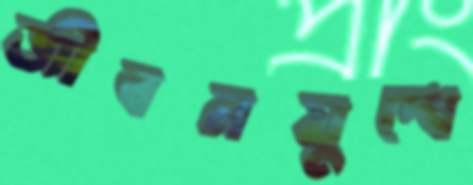
জীবনযুদ্ধে